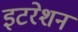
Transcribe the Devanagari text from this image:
इटरेशन